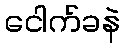
ငေါက်ခနဲ